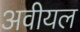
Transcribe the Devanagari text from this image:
अवीयल